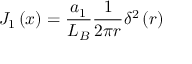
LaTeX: J _ { 1 } \left( x \right) = { \frac { a _ { 1 } } { L _ { B } } } { \frac { 1 } { 2 \pi r } } \delta ^ { 2 } \left( r \right)